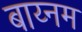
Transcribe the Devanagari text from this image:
बाय्नम